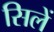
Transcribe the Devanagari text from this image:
सिलें